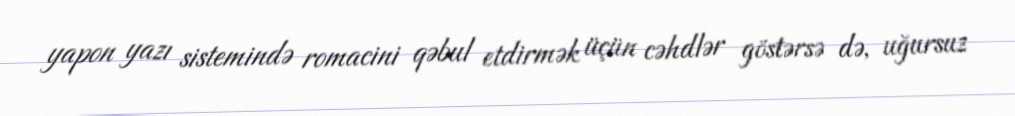
yapon yazı sistemində romacini qəbul etdirmək üçün cəhdlər göstərsə də, uğursuz